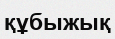
құбыжық